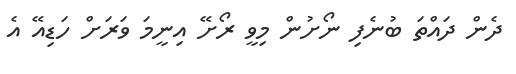
ދެން ދައްތަ ބުނެފި ނޯށުން މިވީ ރޯށޭ އިނީމަ ވަރަށް ހަޑިއޭ އެ